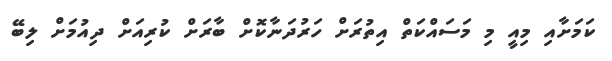
ކަމަށާއި މިއީ މި މަސައްކަތް އިތުރަށް ހަރުދަނާކޮށް ބާރަށް ކުރިއަށް ދިއުމަށް ލިބޭ